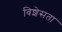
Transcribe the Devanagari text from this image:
विशेसता